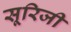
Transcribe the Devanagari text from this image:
सूरिजी